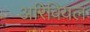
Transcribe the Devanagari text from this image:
अरिवियल